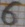
Text: 6